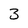
Character: 3